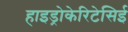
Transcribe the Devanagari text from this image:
हाइड्रोकेरिटेसिई